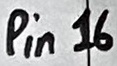
Text: Pin16